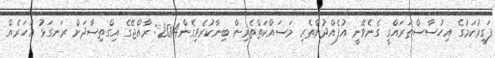
ފަގީރުކަމުގެ އިހުސާސްތަރައްގީ ގެނެވޭނީ އުފެއްދުންތެރި މަސައްކަތްތެރިން ބިނާކުރެވިގެން2014: ރާއްޖޭގެ އިގްތިސާދަށް ރަނގަޅު އަހަރެއް